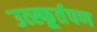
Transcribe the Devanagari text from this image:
उत्स्फूर्तपण